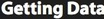
Getting Data